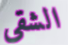
الشقي